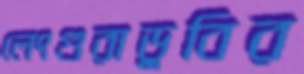
লেংগুরাডুবির